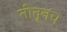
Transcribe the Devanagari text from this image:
तीतूनच